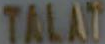
TALAT